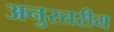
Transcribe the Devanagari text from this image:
अनुस्तरीय